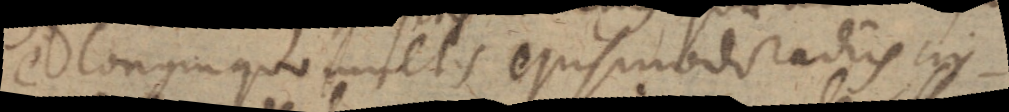
e longinquo multis ejusmodi radiis cir-